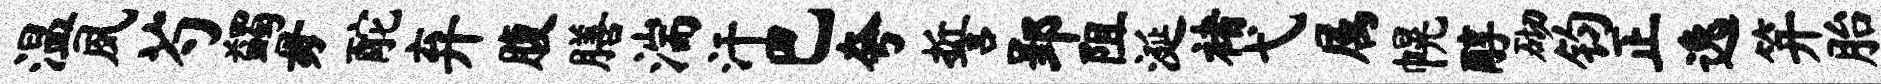
温夙芍蠲毋酡弃腹膳湍汗巴夸誓郢阻涎褚弋属幌醇砌钧正逸笄胎